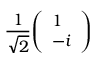
{ \frac { 1 } { \sqrt { 2 } } } { \left( \begin{array} { l } { 1 } \\ { - i } \end{array} \right) }